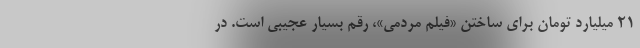
۲۱ میلیارد تومان برای ساختن «فیلم مردمی»، رقم بسیار عجیبی است. در